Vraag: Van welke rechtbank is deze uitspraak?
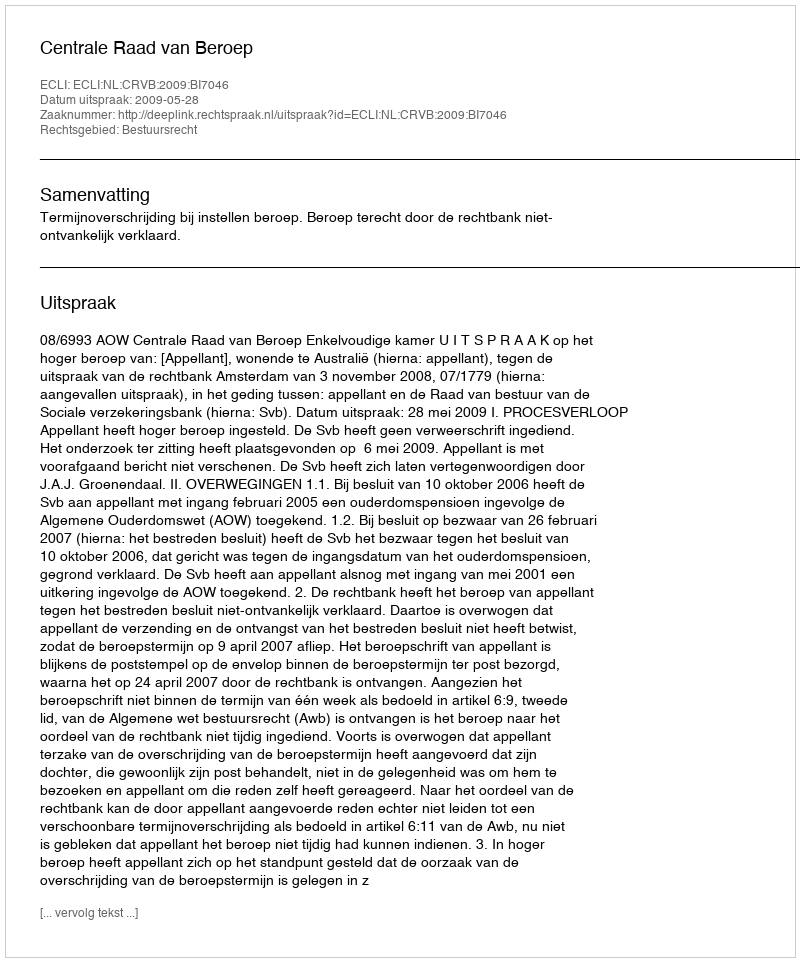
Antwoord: Centrale Raad van Beroep